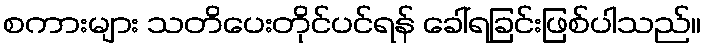
စကားများ သတိပေးတိုင်ပင်ရန် ခေါ်ရခြင်းဖြစ်ပါသည်။